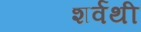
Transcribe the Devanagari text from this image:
शर्वथी